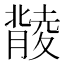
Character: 𦡟